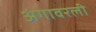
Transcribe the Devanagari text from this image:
अंगावरली